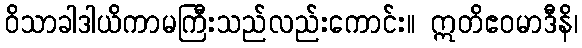
ဝိသာခါဒါယိကာမကြီးသည်လည်းကောင်း။ ဣတိဧဝမာဒီနိ၊